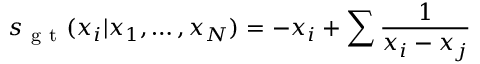
s _ { \mathrm { ~ g ~ t ~ } } ( x _ { i } | x _ { 1 } , \dots , x _ { N } ) = - x _ { i } + \sum \frac { 1 } { x _ { i } - x _ { j } }